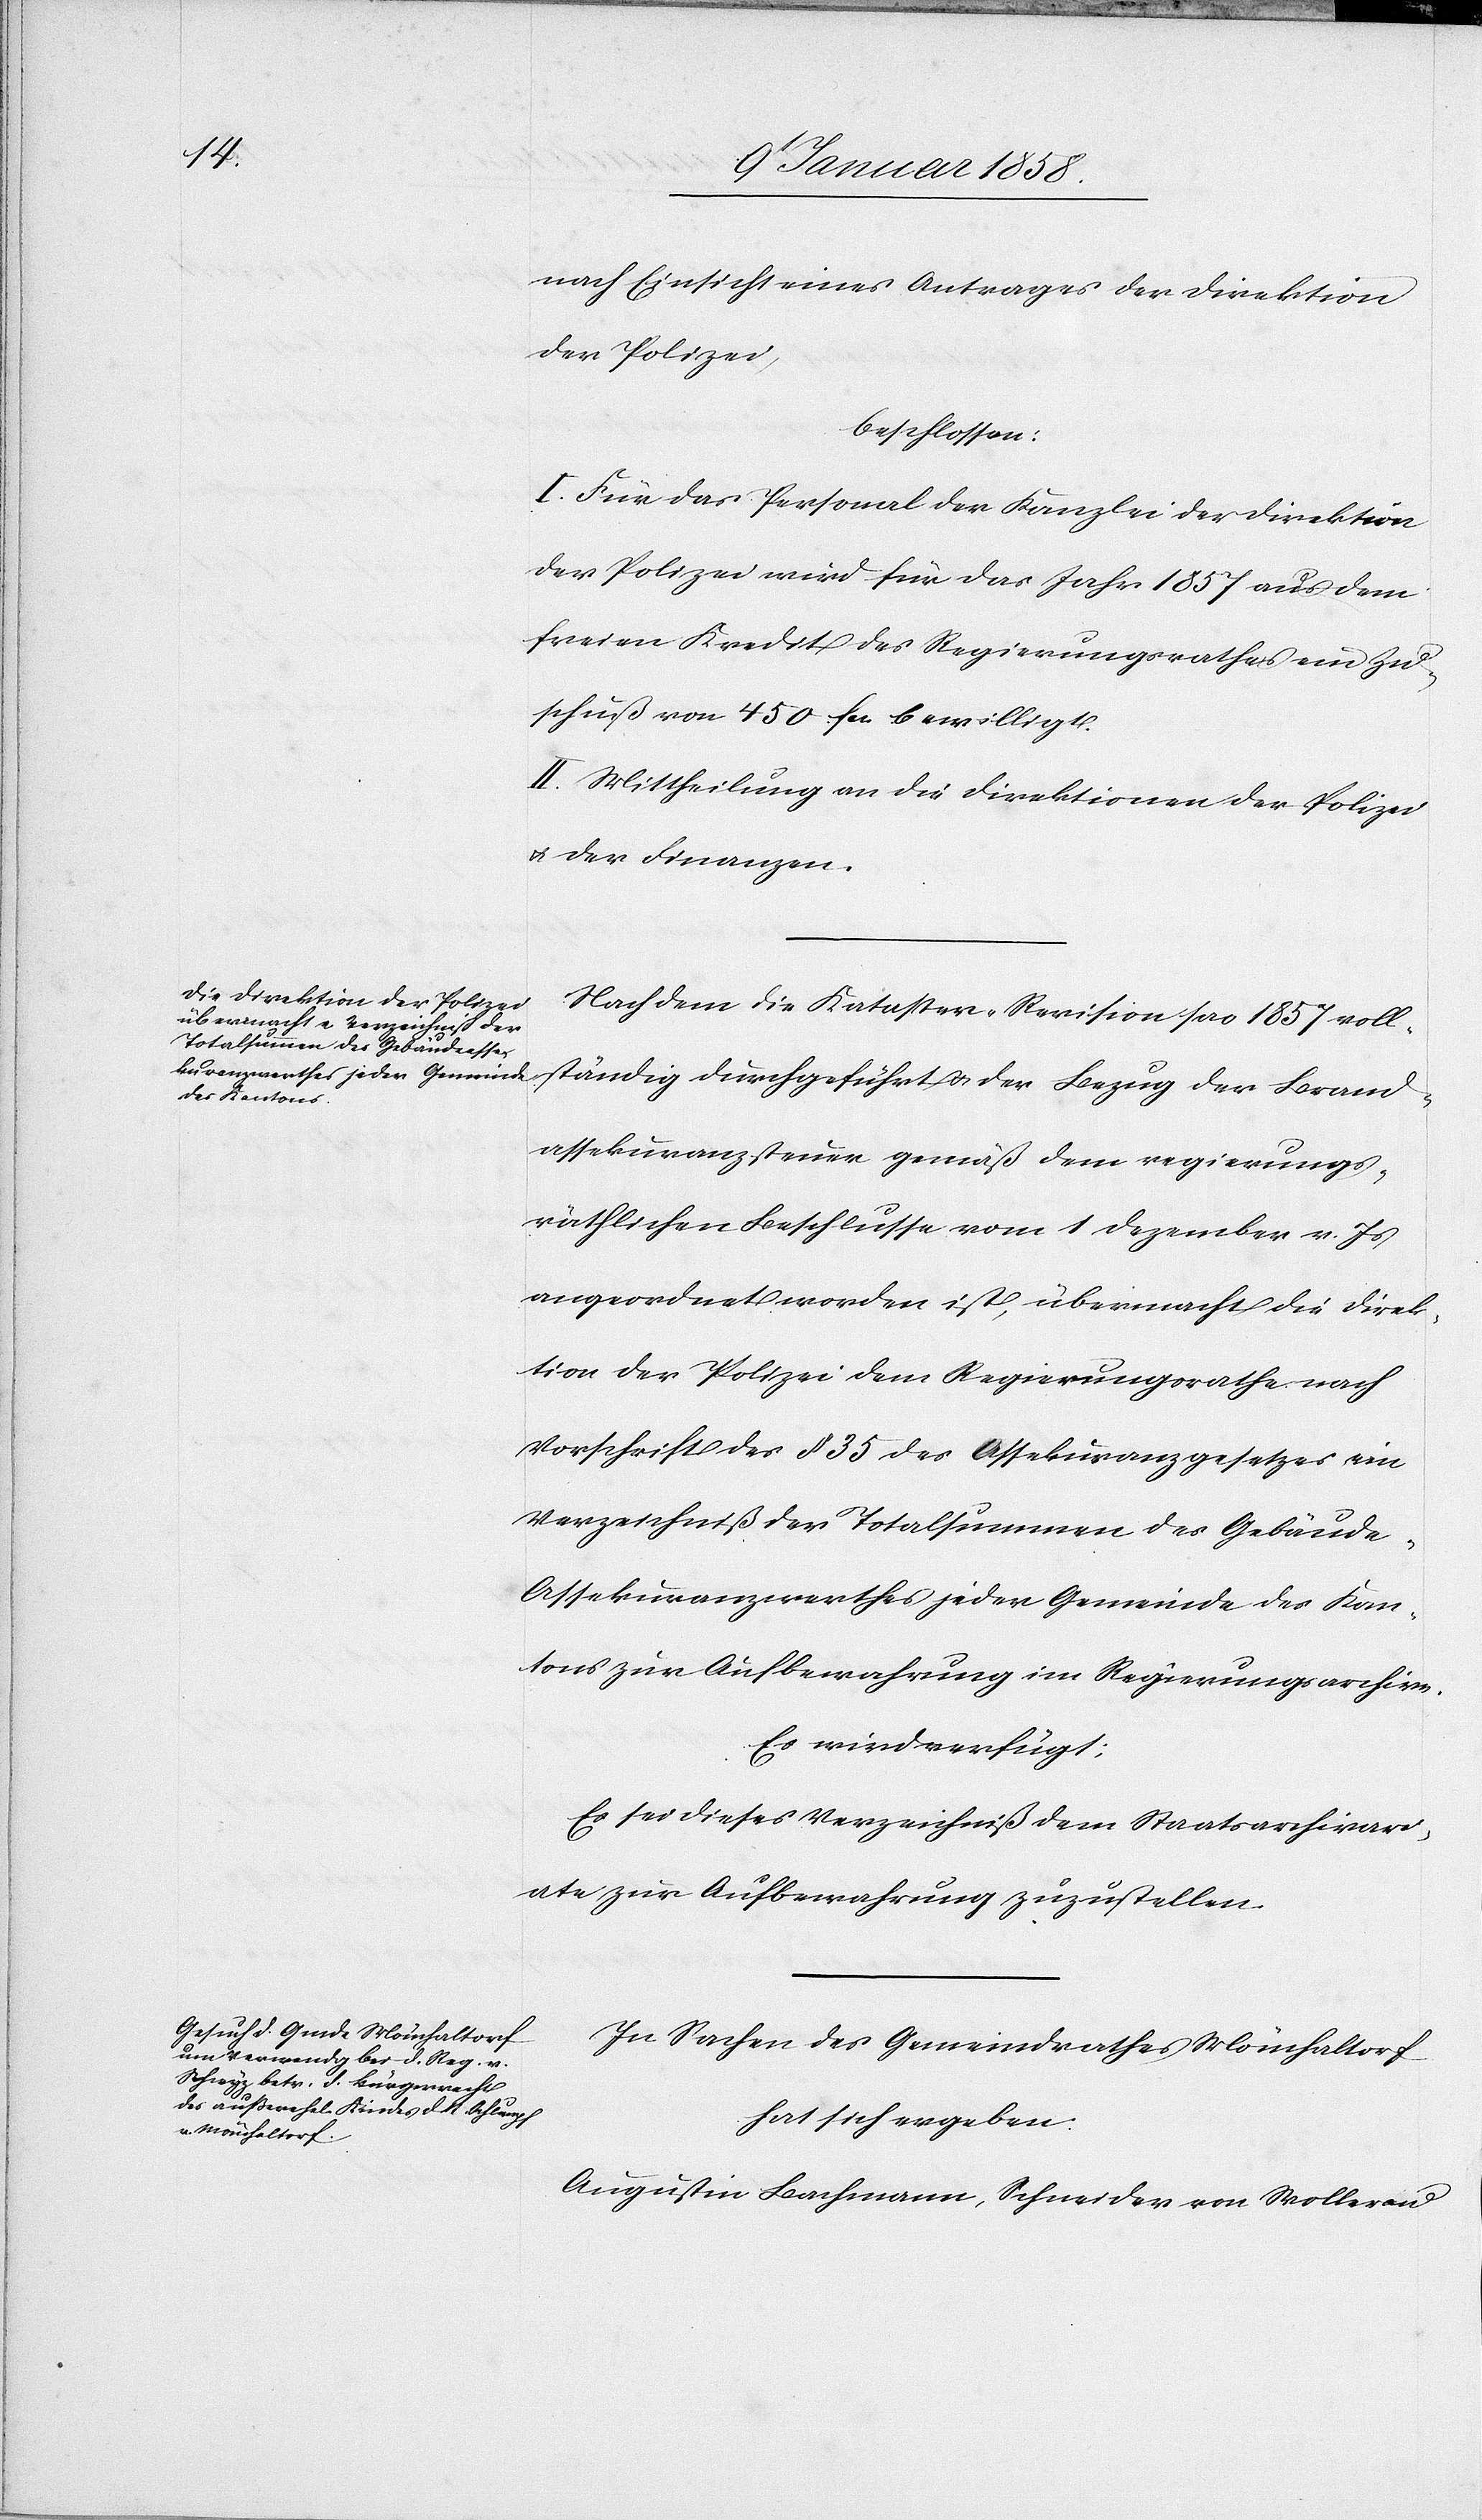
nach Einsicht eines Antrages der Direktion
der Polizei,
beschlossen:
I. Für das Personal der Kanzlei der Direktion
der Polizei wird für das Jahr 1857 aus dem
freien Kredit des Regierungsrathes ein Zu¬
schuß von 450 fcs bewilligt.
II. Mittheilung an die Direktionen der Polizei
u. der Finanzen.
Nachdem die Kataster-Revision pro 1857 voll¬
ständig durchgeführt u. der Bezug der Brand¬
assekuranzsteuer gemäß dem regierungs¬
räthlichen Beschlusse vom 1 Dezember v. Js
angeordnet worden ist, übermacht die Direk¬
tion der Polizei dem Regierungsrathe nach
Vorschrift des § 35 des Assekuranzgesetzes ein
Verzeichniß der Totalsummen des Gebäud¬
e-Assekuranzwerthes jeder Gemeinde des Kan¬
tons zur Aufbewahrung im Regierungsarchive.
Es wird verfügt:
Es sei dieses Verzeichniß dem Staatsarchivar[?i¬
a]te zur Aufbewahrung zuzustellen.
In Sachen des Gemeindrathes Mönchaltorf
hat sich ergeben:
Augustin Bachmann, Schneider von Wollerau